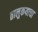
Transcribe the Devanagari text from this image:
तालुकयाचा